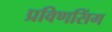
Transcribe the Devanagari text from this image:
प्रविणसिंग